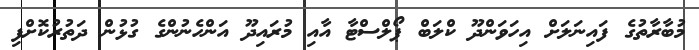
މުބާރާތުގެ ފައިނަލަށް އިހަވަންދޫ ކްލަބް ޕޯލްސްޓާ އާއި މުރައިދޫ އަންހެނުންގެ ގުޅުން ދަތުރުކޮށްފި